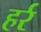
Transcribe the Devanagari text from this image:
हर्र